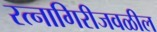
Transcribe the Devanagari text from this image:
रत्‍नागिरीजवळील